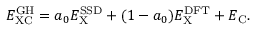
E _ { \mathrm { X C } } ^ { \mathrm { G H } } = a _ { 0 } E _ { \mathrm { X } } ^ { \mathrm { S S D } } + ( 1 - a _ { 0 } ) E _ { \mathrm { X } } ^ { \mathrm { D F T } } + E _ { \mathrm { C } } .